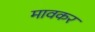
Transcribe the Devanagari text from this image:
मावकर